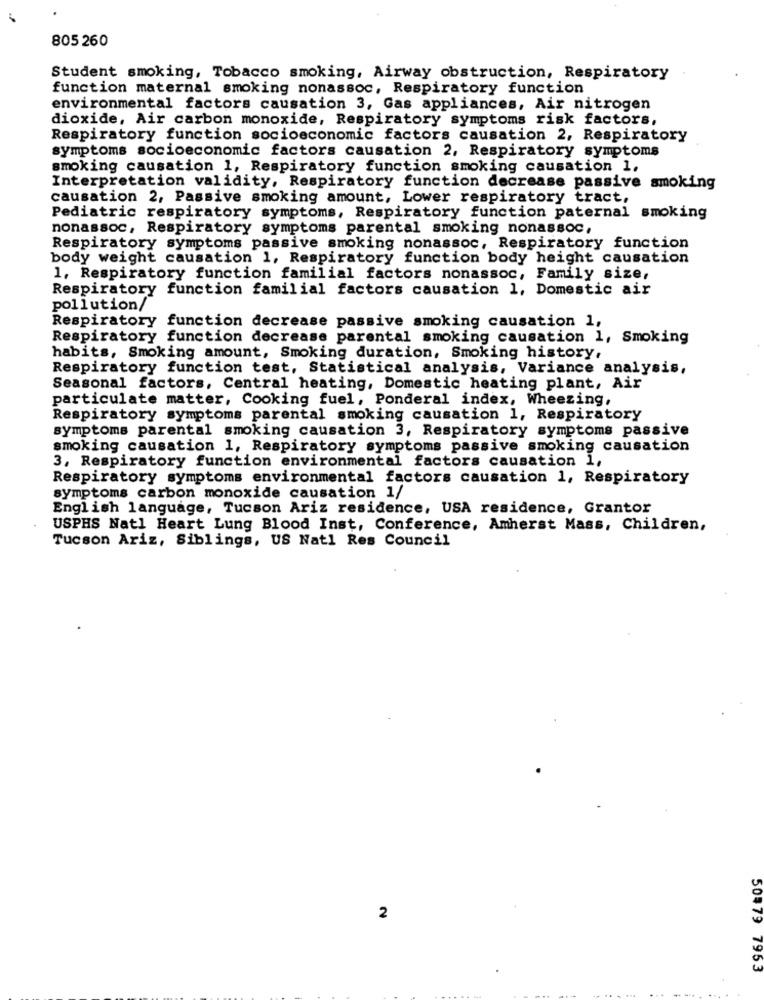
805 260
Student smoking, Tobacco smoking, Airway obstruction, Respiratory
function maternal smoking nonassoc, Respiratory function
environmental factors causation 3, Gas appliances, Air nitrogen
dioxide, Air carbon monoxide, Respiratory symptoms risk factors,
Respiratory function socioeconomic factors causation 2, Respiratory
symptoms socioeconomic factors causation 2, Respiratory symptoms
smoking causation 1, Respiratory function smoking causation 1,
Interpretation validity, Respiratory function decrease passive smoking
causation 2, Passive smoking amount, Lower respiratory tract,
Pediatric respiratory symptoms, Respiratory function paternal smoking
nonassoc, Respiratory symptoms parental smoking nonassoc,
Respiratory symptoms passive smoking nonassoc, Respiratory function
body weight causation 1, Respiratory function body height causation
1, Respiratory function familial factors nonassoc, Family size,
Respiratory function familial factors causation 1, Domestic air
pollution/
Respiratory function decrease passive smoking causation 1,
Respiratory function decrease parental smoking causation 1, Smoking
habits, Smoking amount, Smoking duration, Smoking history,
Respiratory function test, Statistical analysis, Variance analysis,
Seasonal factors, Central heating, Domestic heating plant, Air
particulate matter, Cooking fuel, Ponderal index, Wheezing,
Respiratory symptoms parental smoking causation 1, Respiratory
symptoms parental smoking causation 3, Respiratory symptoms passive
smoking causation 1, Respiratory symptoms passive smoking causation
3, Respiratory function environmental factors causation 1,
Respiratory symptoms environmental factors causation 1, Respiratory
symptoms carbon monoxide causation 1/
English language, Tucson Ariz residence, USA residence, Grantor
USPHS Natl Heart Lung Blood Inst, Conference, Amherst Mass, Children,
Tucson Ariz, Siblings, US Natl Res Council
2
50479 7953